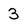
Character: 3